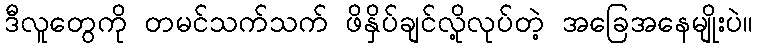
ဒီလူတွေကို တမင်သက်သက် ဖိနှိပ်ချင်လို့လုပ်တဲ့ အခြေအနေမျိုးပဲ။